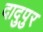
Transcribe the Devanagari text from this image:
दादुपुर